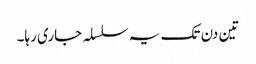
تین دن تک یہ سلسلہ جاری رہا۔